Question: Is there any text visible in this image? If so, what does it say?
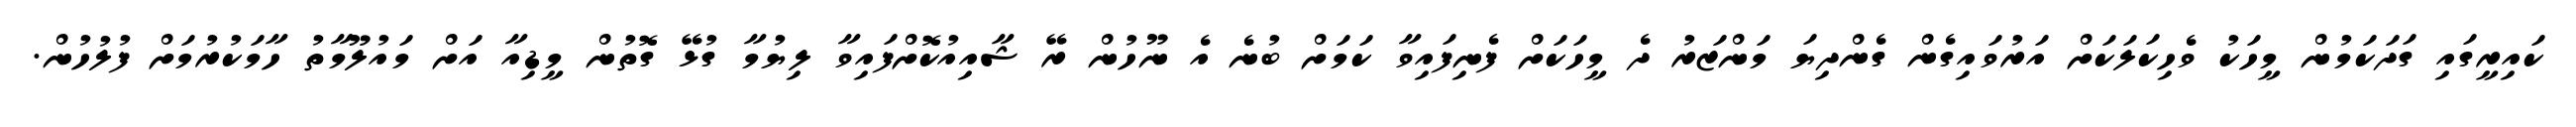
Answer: ކައިރީގައި ގަދަކަމުން މީހަކު ވެހިކަލަކަށް އަރުވައިގެން ގެންދިޔަ މަންޒަރު ދެ މީހަކަށް ފެނިފައިވާ ކަމަށް ބުނެ އެ ނޫހުން ރޭ ޝާއިއުކޮށްފައިވާ ލިޔުމާ ގުޅޭ ގޮތުން މީޑިއާ އަށް މައުލޫމާތު ހާމަކުރުމަށް ފުލުހުން.